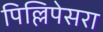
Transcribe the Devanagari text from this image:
पिल्लिपेसरा